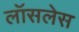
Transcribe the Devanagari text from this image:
लॉसलेस